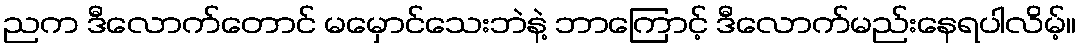
ညက ဒီလောက်တောင် မမှောင်သေးဘဲနဲ့ ဘာကြောင့် ဒီလောက်မည်းနေရပါလိမ့်။